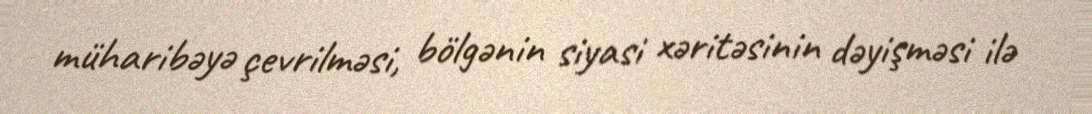
müharibəyə çevrilməsi, bölgənin siyasi xəritəsinin dəyişməsi ilə